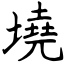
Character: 墝